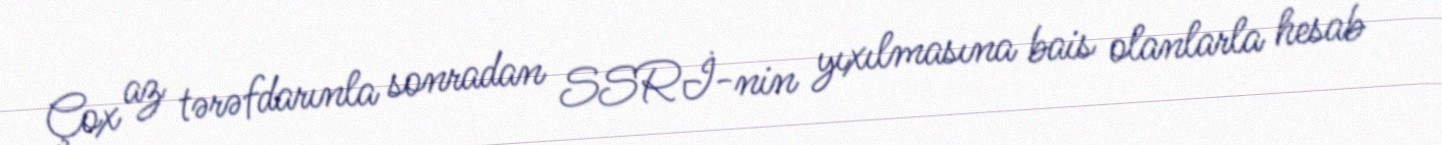
Çox az tərəfdarınla sonradan SSRİ-nin yıxılmasına bais olanlarla hesab